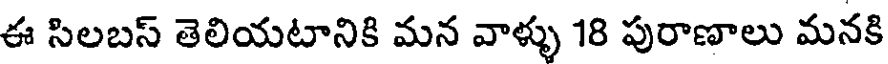
ఈ సిలబస్ తెలియటానికి మన వాళ్ళు 18 పురాణాలు మనకి